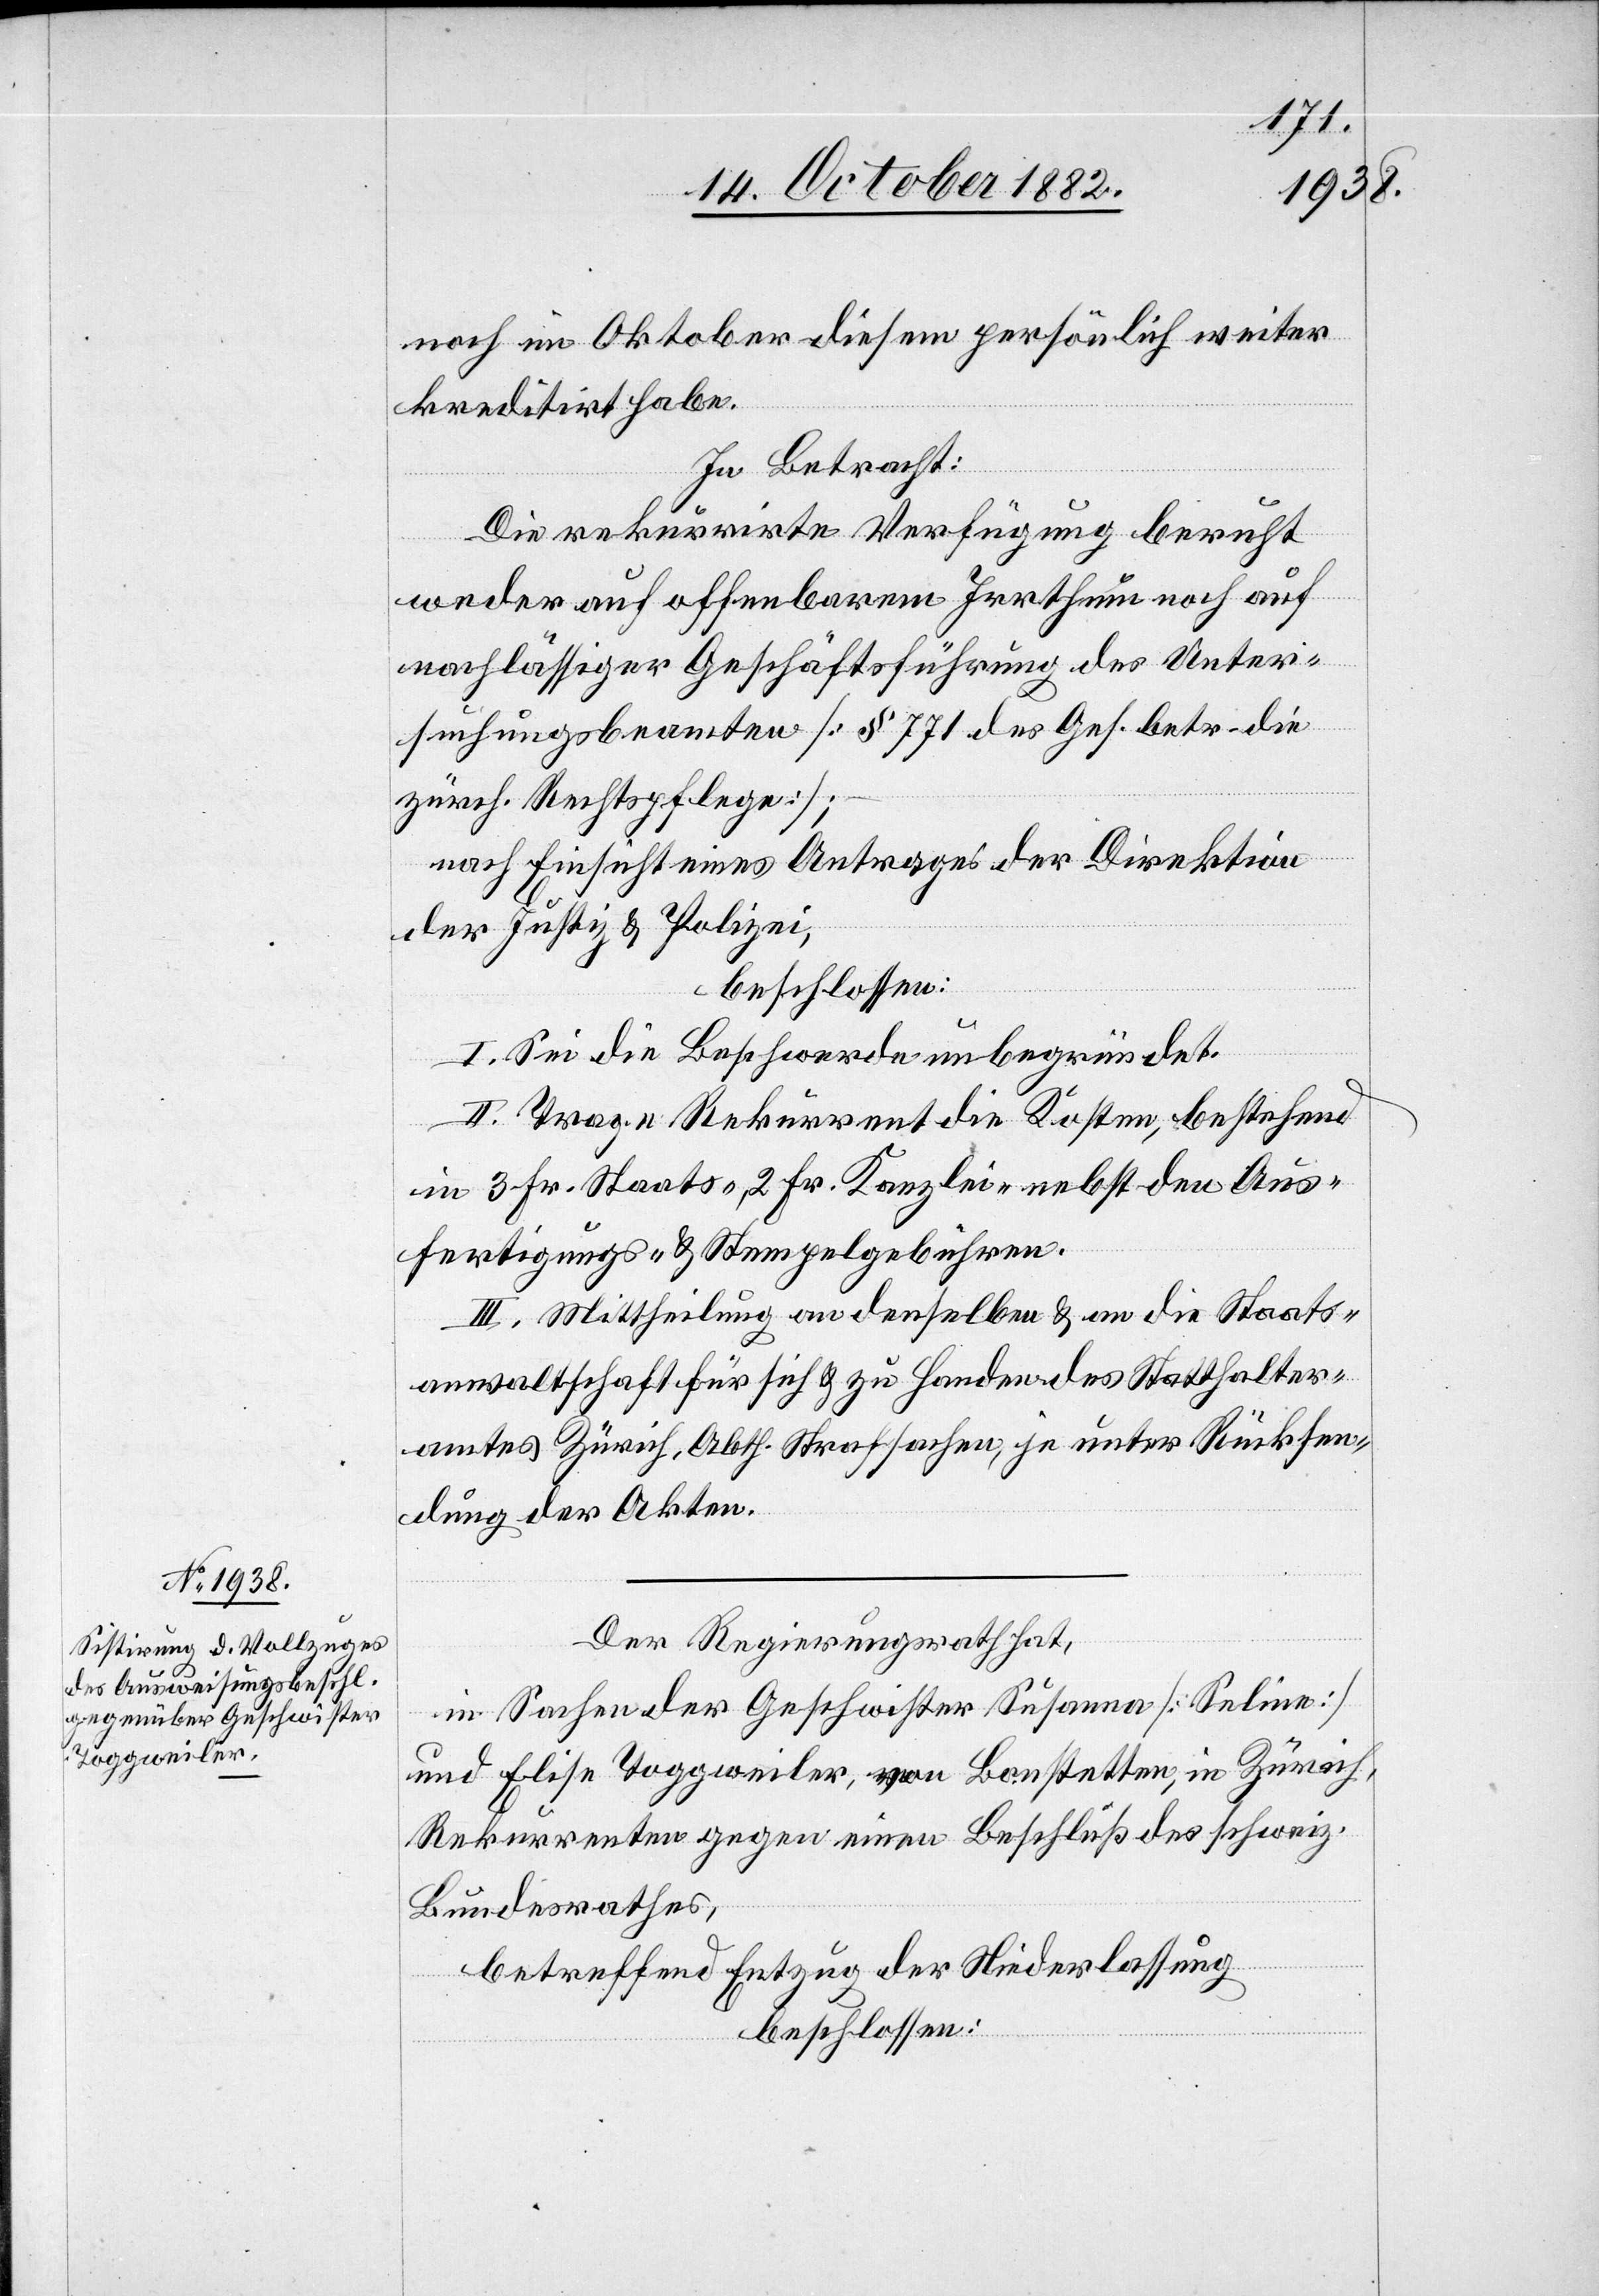
noch im Oktober diesem persönlich weiter
kreditirt habe.
In Betracht:
Die rekurrirte Verfügung beruht
weder auf offenbarem Irrthum noch auf
nachlässiger Geschäftsführung des Unter¬
suchungsbeamten [§ 771 des Ges. betr. die
zürch. Rechtpflege];
nach Einsicht eines Antrages der Direktion
der Justiz & Polizei,
beschlossen:
I. Sei die Beschwerde unbegründet.
II. Trage Rekurrent die Kosten, bestehend
in 3 Fr. Staats-, 2 Fr. Kanzlei- nebst den Aus¬
fertigungs- und Stempelgebühren.
III. Mittheilung an denselben & an die Staats¬
anwaltschaft für sich & zu Handen des Statthalter¬
amtes Zürich, Abth. Strafsachen, je unter Rücksen¬
dung der Akten.
Der Regierungsrath hat,
in Sachen der Geschwister Susanna [Seline]
und Elise Toggweiler, von Bonstetten, in Zürich,
Rekurrenten gegen einen Beschluß des schweiz.
Bundesrathes,
betreffend Entzug der Niederlassung
beschlossen: